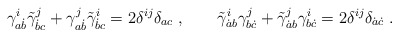
\begin{align*} \gamma^i_{a\dot b}\tilde\gamma^j_{\dot b c} + \gamma^j_{a\dot b}\tilde\gamma^i_{\dot b c} = 2\delta^{ij} \delta_{ac}\;, \qquad \tilde\gamma^i_{\dot ab}\gamma^j_{b\dot c} + \tilde\gamma^j_{\dot ab}\gamma^i_{b\dot c} = 2\delta^{ij} \delta_{\dot a\dot c}\;.\end{align*}